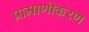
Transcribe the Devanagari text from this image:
प्रामाणीकरण